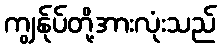
ကျွန်ုပ်တို့အားလုံးသည်